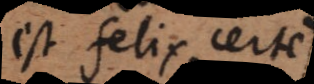
est felix, certe